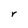
Character: r